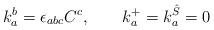
LaTeX: \begin{align*}k_a^b=\epsilon_{abc}C^c, \qquad k_{a}^{+}=k_{a}^{\hat{S}}=0\end{align*}